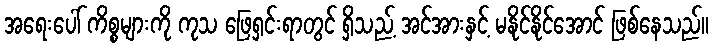
အရေးပေါ် ကိစ္စများကို ကုသ ဖြေရှင်းရာတွင် ရှိသည့် အင်အားနှင့် မနိုင်နိုင်အောင် ဖြစ်နေသည်။